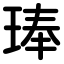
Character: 琫